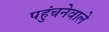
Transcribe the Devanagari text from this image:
पहुंचनेवाले